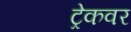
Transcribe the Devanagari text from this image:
ट्रेकवर